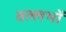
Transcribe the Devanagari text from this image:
वल्लभों